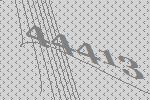
44413